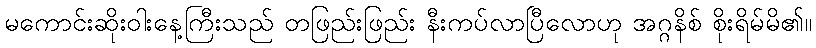
မကောင်းဆိုးဝါးနေ့ကြီးသည် တဖြည်းဖြည်း နီးကပ်လာပြီလောဟု အဂ္ဂနိစ် စိုးရိမ်မိ၏။